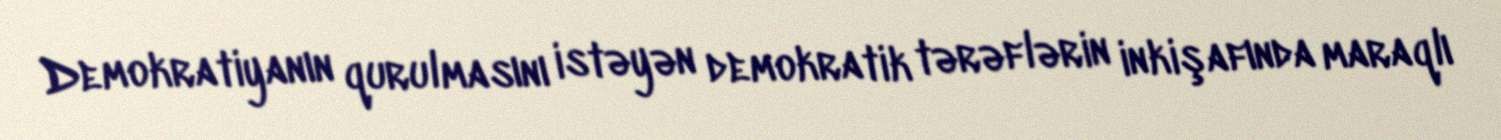
Demokratiyanın qurulmasını istəyən demokratik tərəflərin inkişafında maraqlı